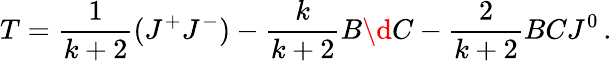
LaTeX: T=\frac{1}{k+2}(J^{+}J^{-})-\frac{k}{k+2}B\d C-\frac{2}{k+2}BCJ^{0}\, .